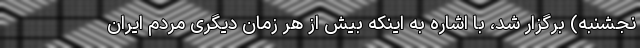
نجشنبه) برگزار شد، با اشاره به اینکه بیش از هر زمان دیگری مردم ایران